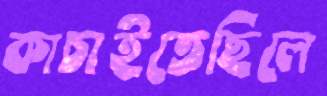
কাচাইতেছিলে